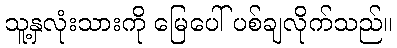
သူ့နှလုံးသားကို မြေပေါ် ပစ်ချလိုက်သည်။